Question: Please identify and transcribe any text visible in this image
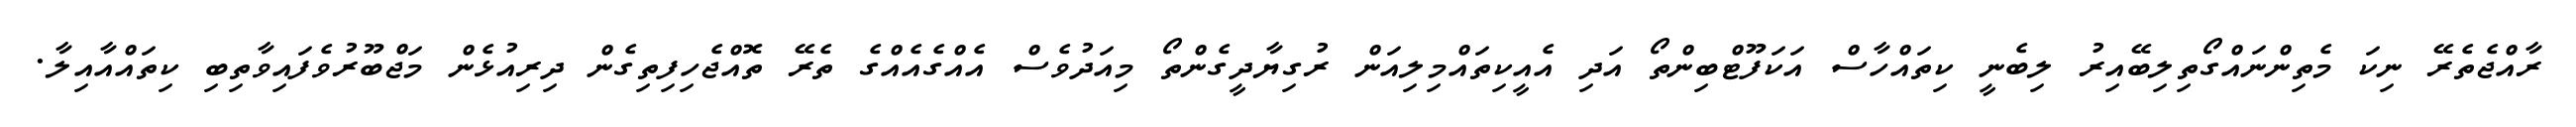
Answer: ރާއްޖެތެރޭ ނިކަ މެތިންނައްގޯތިލިބޭއިރު ލިބެނީ ކިތައްހާސް އަކަފޫޓްބިންތޯ އަދި އެއީކިތައްމިލިއަން ރުގިޔާދީގެންތޯ މިއަދުވެސް އެއްގެއެއްގެ ތެރޭ ތޮއްޖެހިފިތިގެން ދިރިއުޅެން މަޖްބޫރުވެފައިވާތިބި ކިތައްއާއިލާ.